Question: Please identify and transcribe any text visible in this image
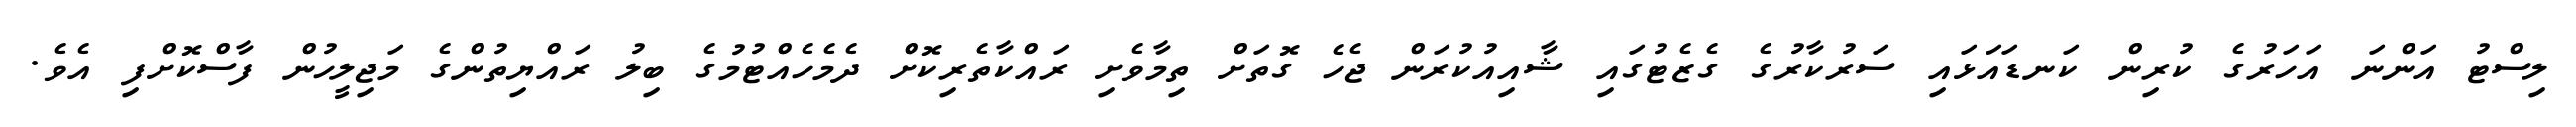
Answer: ލިސްޓު އަންނަ އަހަރުގެ ކުރިން ކަނޑައަޅައި ސަރުކާރުގެ ގެޒެޓުގައި ޝާއިއުކުރަން ޖެހެ ގޮތަށް ތިމާވެށި ރައްކާތެރިކޮށް ދެމެހެއްޓުމުގެ ބިލު ރައްޔިތުންގެ މަޖިލީހުން ފާސްކޮށްފި އެވެ.